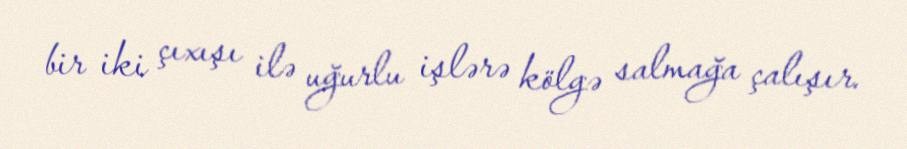
bir iki çıxışı ilə uğurlu işlərə kölgə salmağa çalışır.